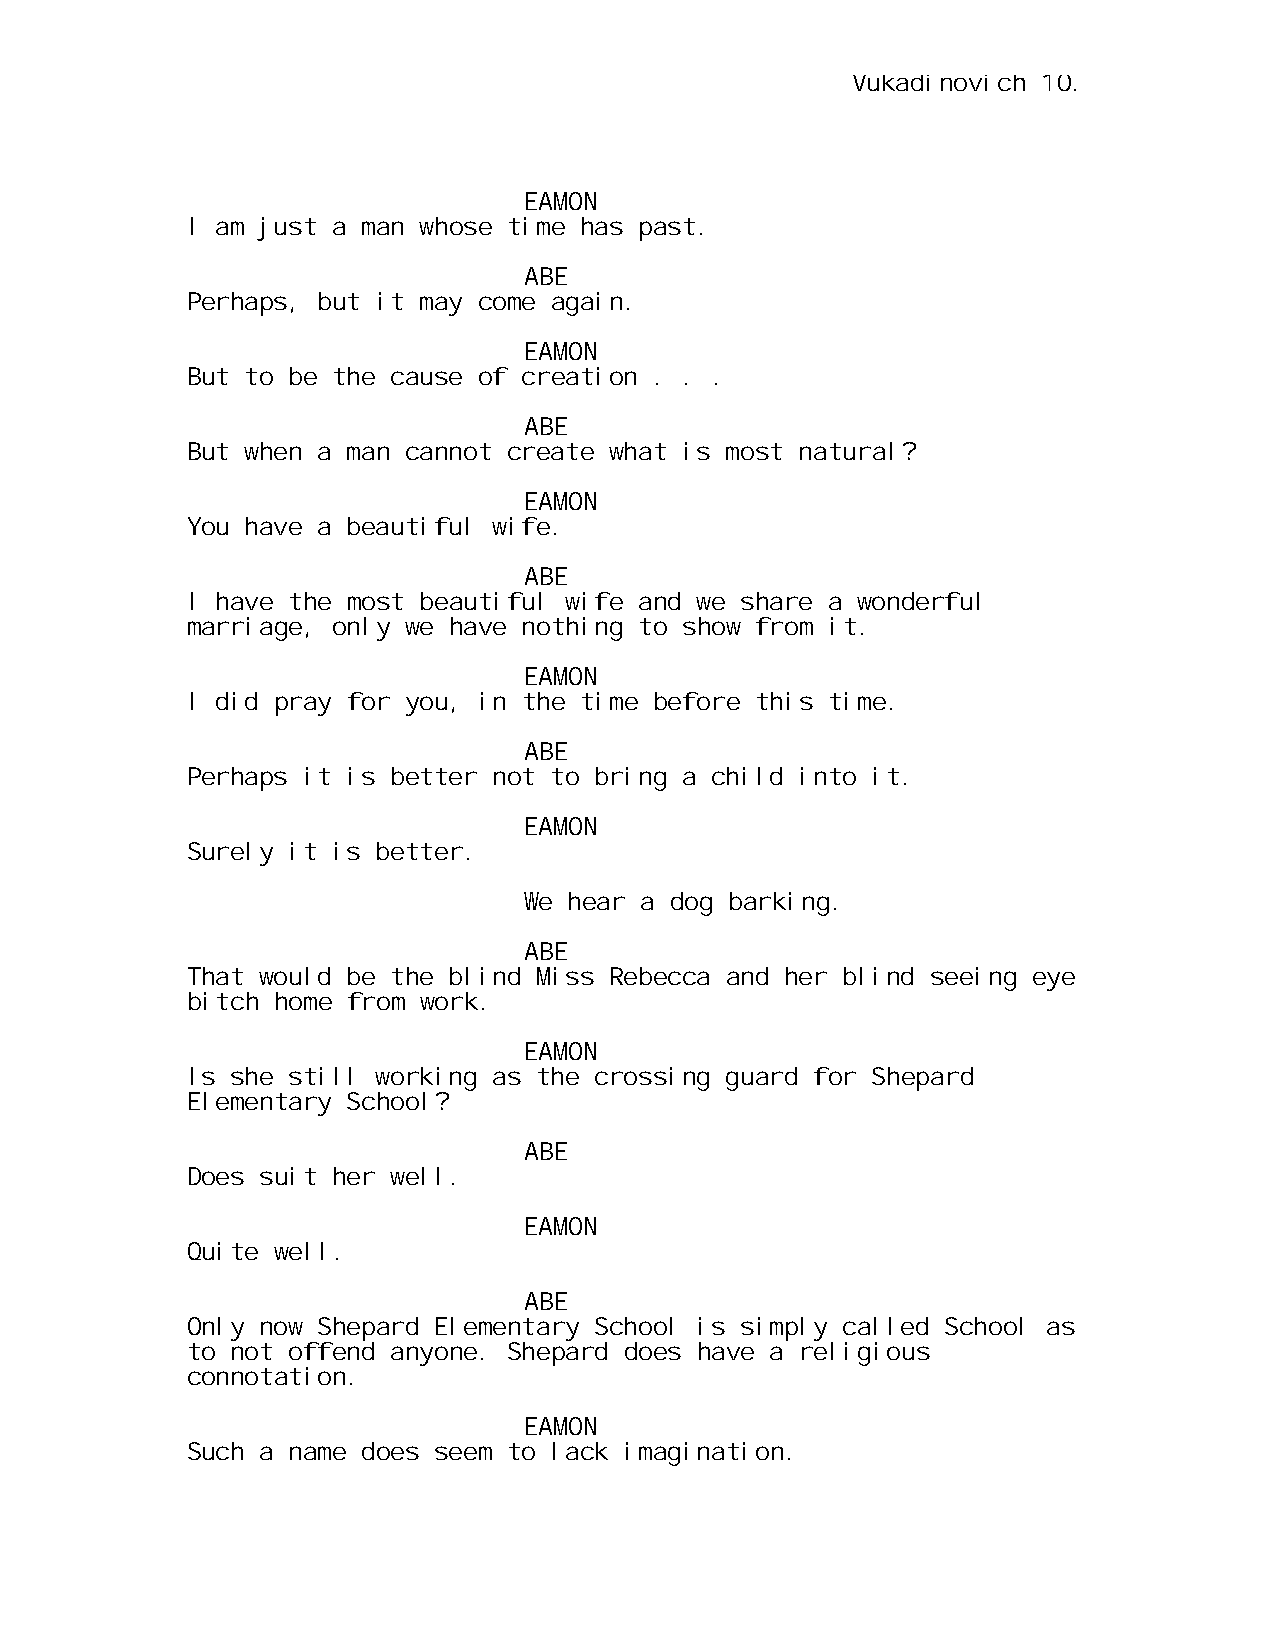
Vukadinovich 10.
 EAMON
 I am just a man whose time has past.
 ABE
 Perhaps, but it may come again.
 EAMON
 But to be the cause of creation . . .
 ABE
 But when a man cannot create what is most natural?
 EAMON
 You have a beautiful wife.
 ABE
 I have the most beautiful wife and we share a wonderful
 marriage, only we have nothing to show from it.
 EAMON
 I did pray for you, in the time before this time.
 ABE
 Perhaps it is better not to bring a child into it.
 EAMON
 Surely it is better.
 We hear a dog barking.
 ABE
 That would be the blind Miss Rebecca and her blind seeing eye
 bitch home from work.
 EAMON
 Is she still working as the crossing guard for Shepard
 Elementary School?
 ABE
 Does suit her well.
 EAMON
 Quite well.
 ABE
 Only now Shepard Elementary School is simply called School as
 to not offend anyone. Shepard does have a religious
 connotation.
 EAMON
 Such a name does seem to lack imagination.